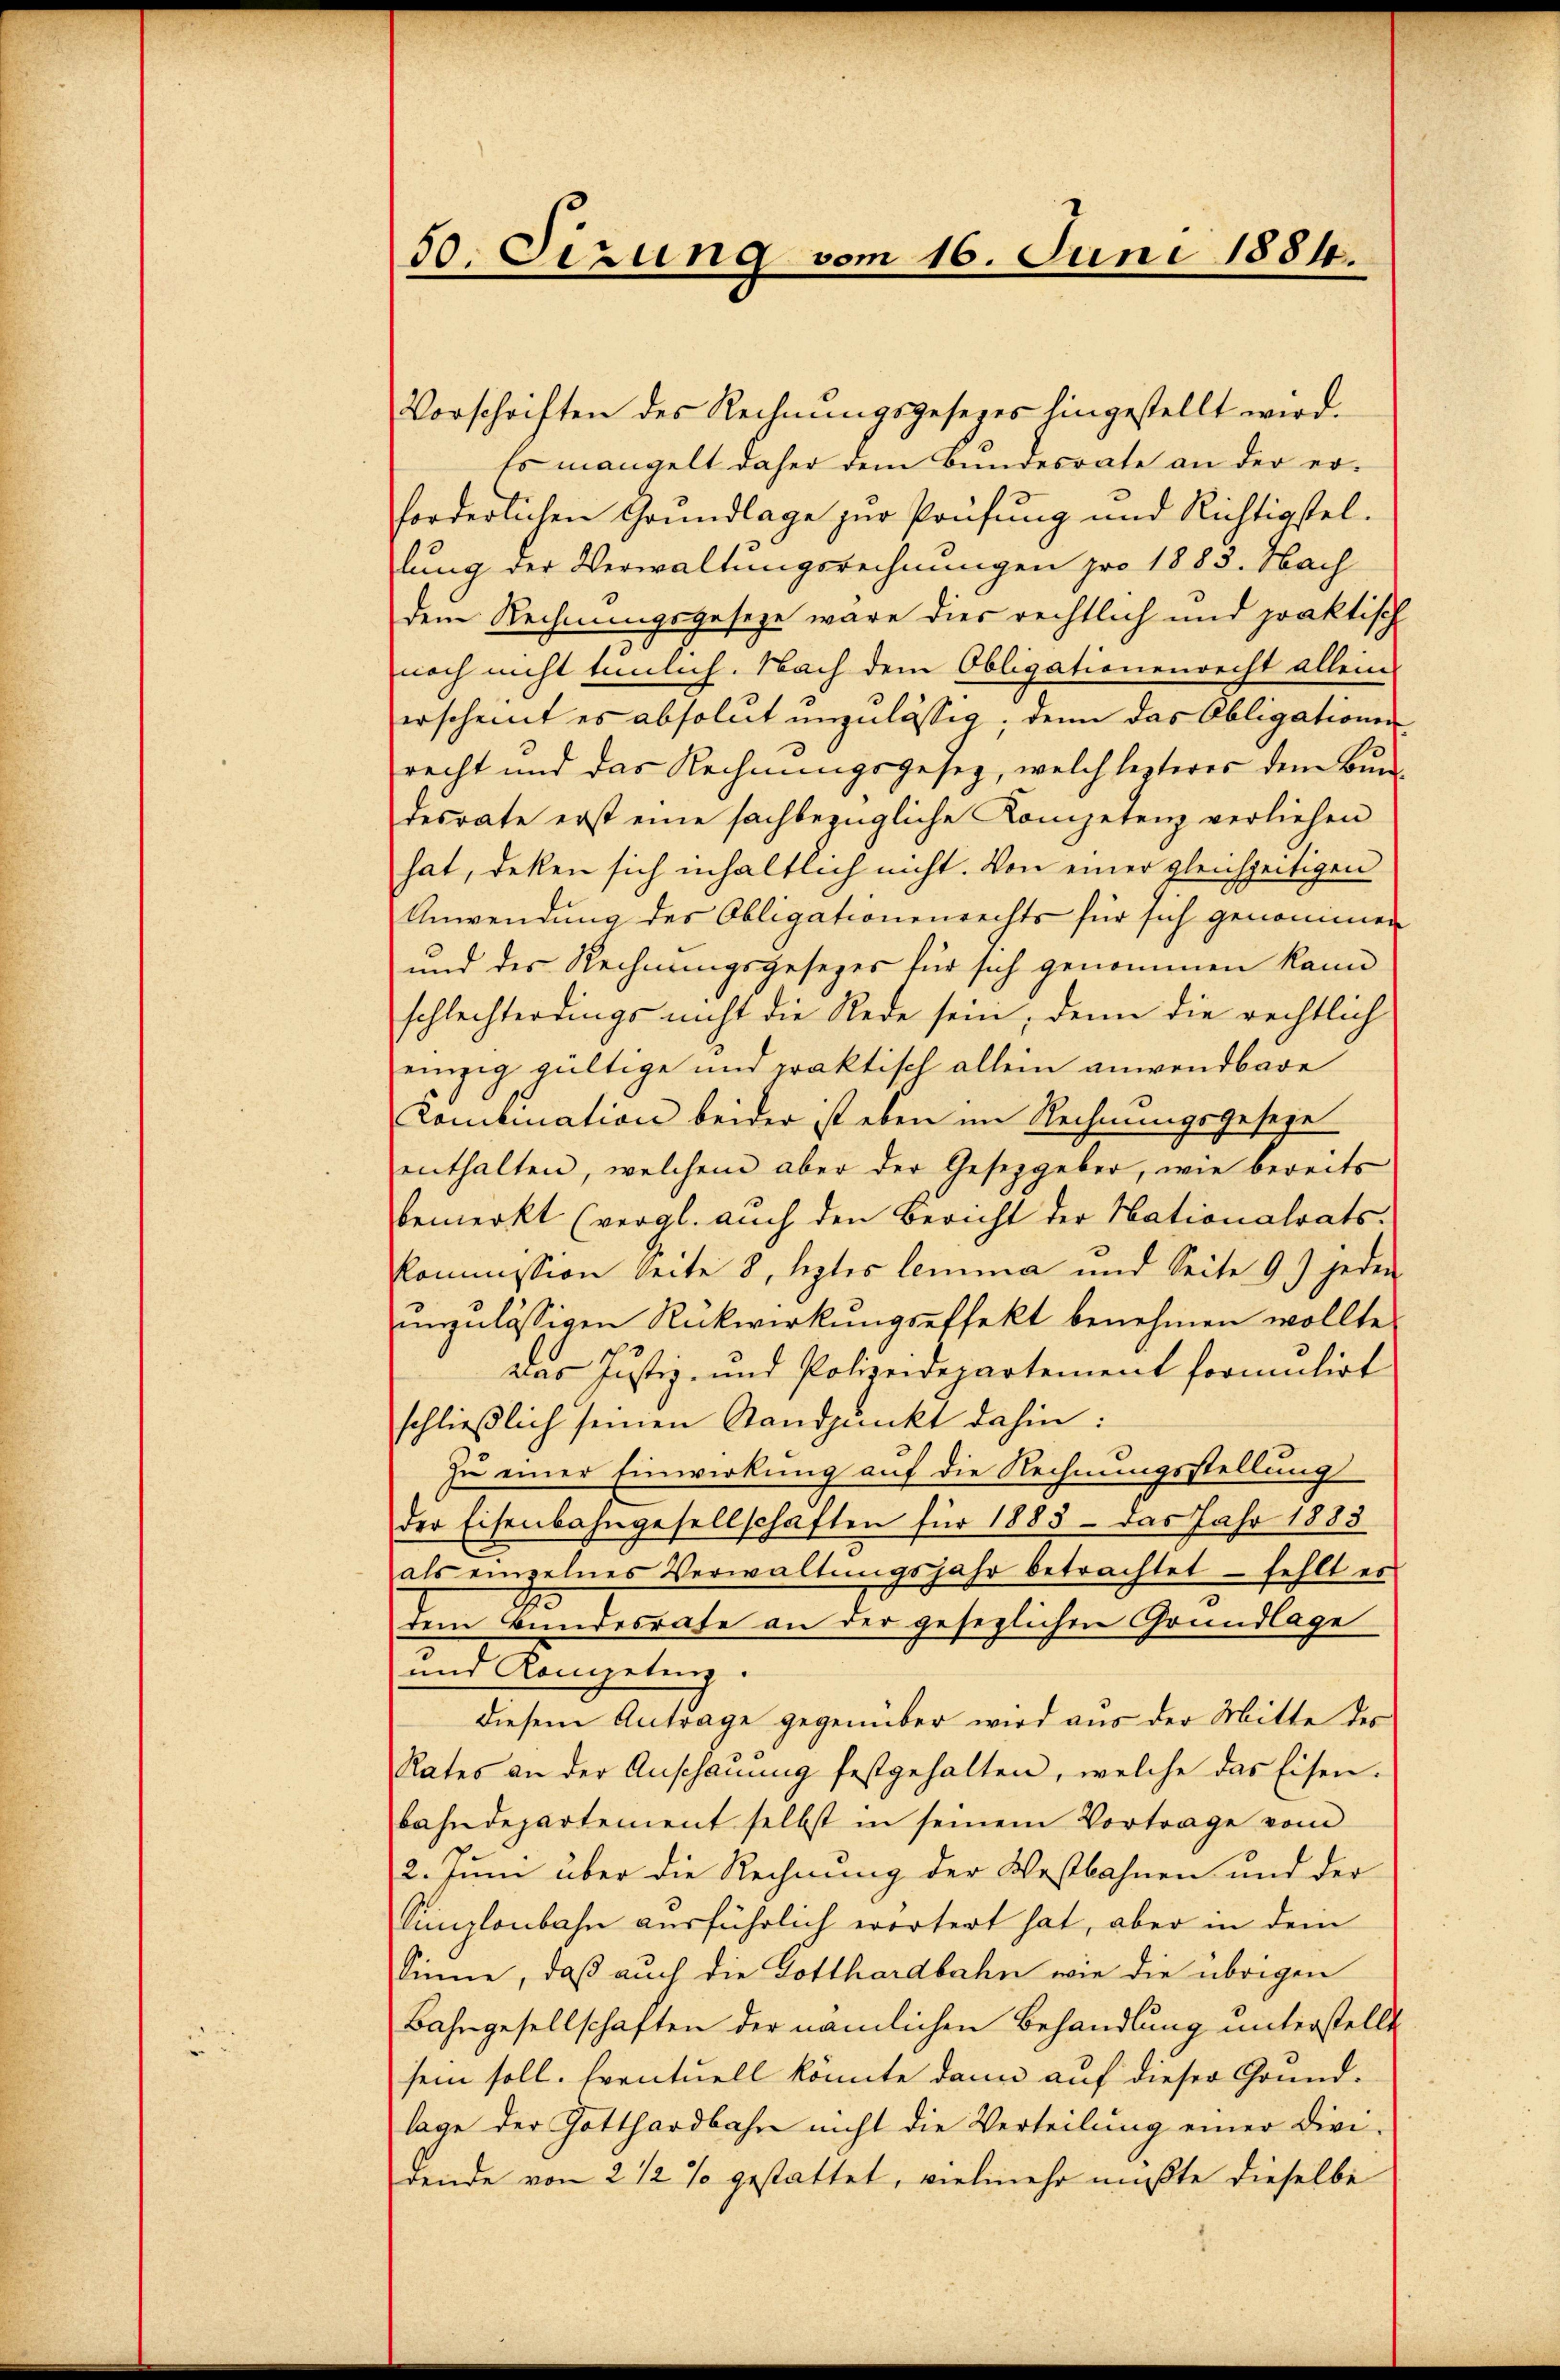
50. Sizung vom 16. Juni 1884.

Vorschriften des Rechnungsgesezes hingestellt wird.
Es mangelt daher dem Bundesrate an der er-
forderlichen Grundlage zur Prüfung und Richtigstellung der Verwaltungsrechnungen pro 1883. Nach
dem Rechnungsgeseze wäre dies rechtlich und praktisch
noch nicht tunlich. Nach dem Obligationenrecht allein
erscheint es absolut unzulässig. Denn das Obligationen
recht und das Rechnŭngsgesetz, welch lezteres dem Bŭn
resrate erst eine sachbezügliche Competenz verliehen
hat, deken sich inhaltlich nicht. Von einer gleichzeitigen
Anwendung des Obligationenrechts für sich genommen
und des Rechnungsgesezes für sich genommen kann
schlechterdings nicht die Rede sein, denn die rechtlich
einzig gültige und praktisch allein anwendbare
Comkmation beider ist eben im Rechnungsgeseze
enthalten, welchem aber der Gesetzgeber, wie bereits
bemerkt (vergl. auch den Bericht der Nationalrats.
Kommission Seite 8, leztes lemma und Seite 9) jeden
unzulässigen Rückwirkungseffekt benehmen wollte.
Das Justiz- und Polizeidepartement formulirt
schließlich seinen Standpunkt dahin:
Zu einer Einwirkung auf die Rechnungsstellung
der Eisenbahngesellschaften für 1883 — das Jahr 1883
als einzelnes Verwaltungsjahr betrachtet – fehlt es
dem Bundesrate an der gesezlichen Grundlage
und Kompetenz.
diesem Antrage gegenüber wird aus der Mitte der
Rates an der Anschauung festgehalten, welche das Eisen.
bahndepartement selbst in seinem Vortrage vom
2. Juni über die Rechnung der Westbahnen und der
Sunzlonbahn ausführlich erörtert hat, aber in dem
Sinne, daß auch die Gotthardbahn wie die übrigen
Bahngesellschaften der nämlichen Behandlung unterstellt
sein soll. Eventuell könnte dann auf dieser Grund-
lage der Gotthardbahn nicht die Verteilung einer divi-
rende von 2 1/2 % gestattet, vielmehr mußte dieselbe